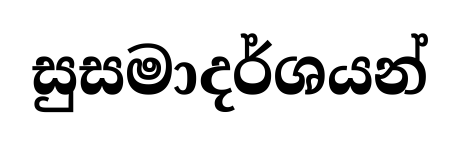
සුසමාදර්ශයන්